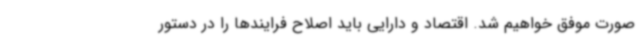
صورت موفق خواهیم شد. اقتصاد و دارایی باید اصلاح فرایندها را در دستور